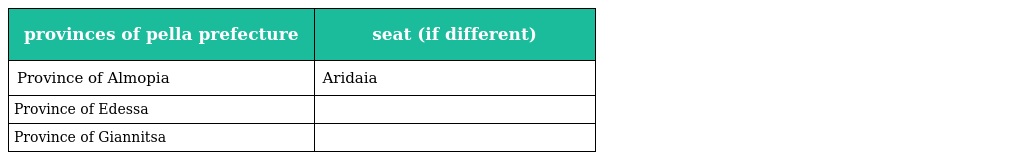
| provinces of pella prefecture | seat (if different) |
 | --- | --- |
 | Province of Almopia | Aridaia |
 | Province of Edessa |  |
 | Province of Giannitsa |  |